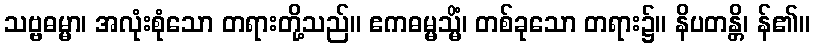
သဗ္ဗဓမ္မာ၊ အလုံးစုံသော တရားတို့သည်။ ဧကဓမ္မသ္မိံ၊ တစ်ခုသော တရား၌။ နိပတန္တိ၊ န်၏။